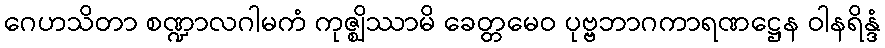
ဂေဟသိတာ စဏ္ဍာလဂါမကံ ကုဇ္ဈိဿာမိ ခေတ္တမေဝ ပုဗ္ဗဘာဂကာရဏဋ္ဌေန ဝါနရိန္ဒံ